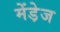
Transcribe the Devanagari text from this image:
मेंडे़ज